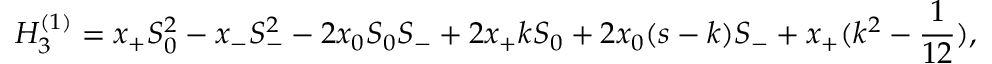
H _ { 3 } ^ { ( 1 ) } = x _ { + } S _ { 0 } ^ { 2 } - x _ { - } S _ { - } ^ { 2 } - 2 x _ { 0 } S _ { 0 } S _ { - } + 2 x _ { + } k S _ { 0 } + 2 x _ { 0 } ( s - k ) S _ { - } + x _ { + } ( k ^ { 2 } - \frac { 1 } { 1 2 } ) ,